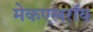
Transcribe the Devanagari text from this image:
मेकएलरॉय